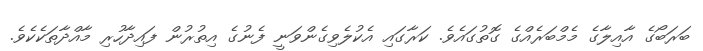
ބަރަބޯގެ އާއިލާގެ މެމްބަރެއްގެ ގޮތުގައެވެ. ކަރާގައި އެކުލެވިގެންވަނީ ފެނުގެ އިތުރުން ފައިދާހުރި މާއްދާތަކެކެވެ.